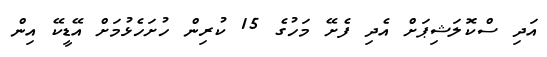
އަދި ސްކޮލަޝިޕަށް އެދި ފެށޭ މަހުގެ 15 ކުރިން ހުށަހެޅުމަށް އޭޑީކޭ އިން